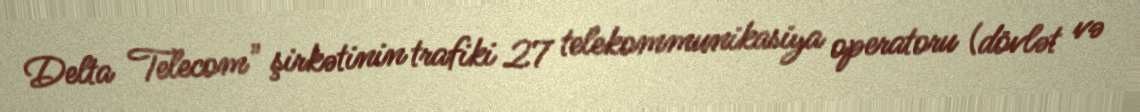
Delta Telecom" şirkətinin trafiki 27 telekommunikasiya operatoru (dövlət və